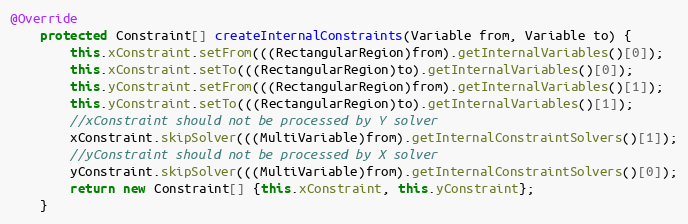
Language: Java
@Override
	protected Constraint[] createInternalConstraints(Variable from, Variable to) {
		this.xConstraint.setFrom(((RectangularRegion)from).getInternalVariables()[0]);
		this.xConstraint.setTo(((RectangularRegion)to).getInternalVariables()[0]);
		this.yConstraint.setFrom(((RectangularRegion)from).getInternalVariables()[1]);
		this.yConstraint.setTo(((RectangularRegion)to).getInternalVariables()[1]);
		//xConstraint should not be processed by Y solver
		xConstraint.skipSolver(((MultiVariable)from).getInternalConstraintSolvers()[1]);
		//yConstraint should not be processed by X solver
		yConstraint.skipSolver(((MultiVariable)from).getInternalConstraintSolvers()[0]);
		return new Constraint[] {this.xConstraint, this.yConstraint};
	}